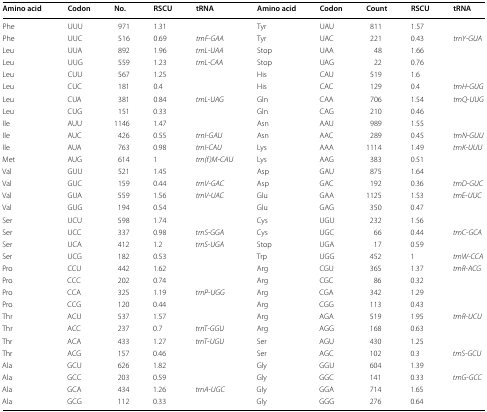
<table><thead><tr><td><b>Amino acid</b></td><td><b>Codon</b></td><td><b>No.</b></td><td><b>RSCU</b></td><td><b>tRNA</b></td><td><b>Amino acid</b></td><td><b>Codon</b></td><td><b>Count</b></td><td><b>RSCU</b></td><td><b>tRNA</b></td></tr></thead><tbody><tr><td>Phe</td><td>UUU</td><td>971</td><td>1.31</td><td></td><td>Tyr</td><td>UAU</td><td>811</td><td>1.57</td><td></td></tr><tr><td>Phe</td><td>UUC</td><td>516</td><td>0.69</td><td><i>trnF</i>-<i>GAA</i></td><td>Tyr</td><td>UAC</td><td>221</td><td>0.43</td><td><i>trnY</i>-<i>GUA</i></td></tr><tr><td>Leu</td><td>UUA</td><td>892</td><td>1.96</td><td><i>trnL</i>-<i>UAA</i></td><td>Stop</td><td>UAA</td><td>48</td><td>1.66</td><td></td></tr><tr><td>Leu</td><td>UUG</td><td>559</td><td>1.23</td><td><i>trnL</i>-<i>CAA</i></td><td>Stop</td><td>UAG</td><td>22</td><td>0.76</td><td></td></tr><tr><td>Leu</td><td>CUU</td><td>567</td><td>1.25</td><td></td><td>His</td><td>CAU</td><td>519</td><td>1.6</td><td></td></tr><tr><td>Leu</td><td>CUC</td><td>181</td><td>0.4</td><td></td><td>His</td><td>CAC</td><td>129</td><td>0.4</td><td><i>trnH</i>-<i>GUG</i></td></tr><tr><td>Leu</td><td>CUA</td><td>381</td><td>0.84</td><td><i>trnL</i>-<i>UAG</i></td><td>Gln</td><td>CAA</td><td>706</td><td>1.54</td><td><i>trnQ</i>-<i>UUG</i></td></tr><tr><td>Leu</td><td>CUG</td><td>151</td><td>0.33</td><td></td><td>Gln</td><td>CAG</td><td>210</td><td>0.46</td><td></td></tr><tr><td>Ile</td><td>AUU</td><td>1146</td><td>1.47</td><td></td><td>Asn</td><td>AAU</td><td>989</td><td>1.55</td><td></td></tr><tr><td>Ile</td><td>AUC</td><td>426</td><td>0.55</td><td><i>trnI</i>-<i>GAU</i></td><td>Asn</td><td>AAC</td><td>289</td><td>0.45</td><td><i>trnN</i>-<i>GUU</i></td></tr><tr><td>Ile</td><td>AUA</td><td>763</td><td>0.98</td><td><i>trnI</i>-<i>CAU</i></td><td>Lys</td><td>AAA</td><td>1114</td><td>1.49</td><td><i>trnK</i>-<i>UUU</i></td></tr><tr><td>Met</td><td>AUG</td><td>614</td><td>1</td><td><i>trn(f)M</i>-<i>CAU</i></td><td>Lys</td><td>AAG</td><td>383</td><td>0.51</td><td></td></tr><tr><td>Val</td><td>GUU</td><td>521</td><td>1.45</td><td></td><td>Asp</td><td>GAU</td><td>875</td><td>1.64</td><td></td></tr><tr><td>Val</td><td>GUC</td><td>159</td><td>0.44</td><td><i>trnV</i>-<i>GAC</i></td><td>Asp</td><td>GAC</td><td>192</td><td>0.36</td><td><i>trnD</i>-<i>GUC</i></td></tr><tr><td>Val</td><td>GUA</td><td>559</td><td>1.56</td><td><i>trnV</i>-<i>UAC</i></td><td>Glu</td><td>GAA</td><td>1125</td><td>1.53</td><td><i>trnE</i>-<i>UUC</i></td></tr><tr><td>Val</td><td>GUG</td><td>194</td><td>0.54</td><td></td><td>Glu</td><td>GAG</td><td>350</td><td>0.47</td><td></td></tr><tr><td>Ser</td><td>UCU</td><td>598</td><td>1.74</td><td></td><td>Cys</td><td>UGU</td><td>232</td><td>1.56</td><td></td></tr><tr><td>Ser</td><td>UCC</td><td>337</td><td>0.98</td><td><i>trnS</i>-<i>GGA</i></td><td>Cys</td><td>UGC</td><td>66</td><td>0.44</td><td><i>trnC</i>-<i>GCA</i></td></tr><tr><td>Ser</td><td>UCA</td><td>412</td><td>1.2</td><td><i>trnS</i>-<i>UGA</i></td><td>Stop</td><td>UGA</td><td>17</td><td>0.59</td><td></td></tr><tr><td>Ser</td><td>UCG</td><td>182</td><td>0.53</td><td></td><td>Trp</td><td>UGG</td><td>452</td><td>1</td><td><i>trnW</i>-<i>CCA</i></td></tr><tr><td>Pro</td><td>CCU</td><td>442</td><td>1.62</td><td></td><td>Arg</td><td>CGU</td><td>365</td><td>1.37</td><td><i>trnR</i>-<i>ACG</i></td></tr><tr><td>Pro</td><td>CCC</td><td>202</td><td>0.74</td><td></td><td>Arg</td><td>CGC</td><td>86</td><td>0.32</td><td></td></tr><tr><td>Pro</td><td>CCA</td><td>325</td><td>1.19</td><td><i>trnP</i>-<i>UGG</i></td><td>Arg</td><td>CGA</td><td>342</td><td>1.29</td><td></td></tr><tr><td>Pro</td><td>CCG</td><td>120</td><td>0.44</td><td></td><td>Arg</td><td>CGG</td><td>113</td><td>0.43</td><td></td></tr><tr><td>Thr</td><td>ACU</td><td>537</td><td>1.57</td><td></td><td>Arg</td><td>AGA</td><td>519</td><td>1.95</td><td><i>trnR</i>-<i>UCU</i></td></tr><tr><td>Thr</td><td>ACC</td><td>237</td><td>0.7</td><td><i>trnT</i>-<i>GGU</i></td><td>Arg</td><td>AGG</td><td>168</td><td>0.63</td><td></td></tr><tr><td>Thr</td><td>ACA</td><td>433</td><td>1.27</td><td><i>trnT</i>-<i>UGU</i></td><td>Ser</td><td>AGU</td><td>430</td><td>1.25</td><td></td></tr><tr><td>Thr</td><td>ACG</td><td>157</td><td>0.46</td><td></td><td>Ser</td><td>AGC</td><td>102</td><td>0.3</td><td><i>trnS</i>-<i>GCU</i></td></tr><tr><td>Ala</td><td>GCU</td><td>626</td><td>1.82</td><td></td><td>Gly</td><td>GGU</td><td>604</td><td>1.39</td><td></td></tr><tr><td>Ala</td><td>GCC</td><td>203</td><td>0.59</td><td></td><td>Gly</td><td>GGC</td><td>141</td><td>0.33</td><td><i>trnG</i>-<i>GCC</i></td></tr><tr><td>Ala</td><td>GCA</td><td>434</td><td>1.26</td><td><i>trnA</i>-<i>UGC</i></td><td>Gly</td><td>GGA</td><td>714</td><td>1.65</td><td></td></tr><tr><td>Ala</td><td>GCG</td><td>112</td><td>0.33</td><td></td><td>Gly</td><td>GGG</td><td>276</td><td>0.64</td><td></td></tr></tbody></table>